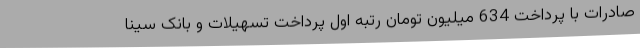
صادرات با پرداخت 634 میلیون تومان رتبه اول پرداخت تسهیلات و بانک سینا